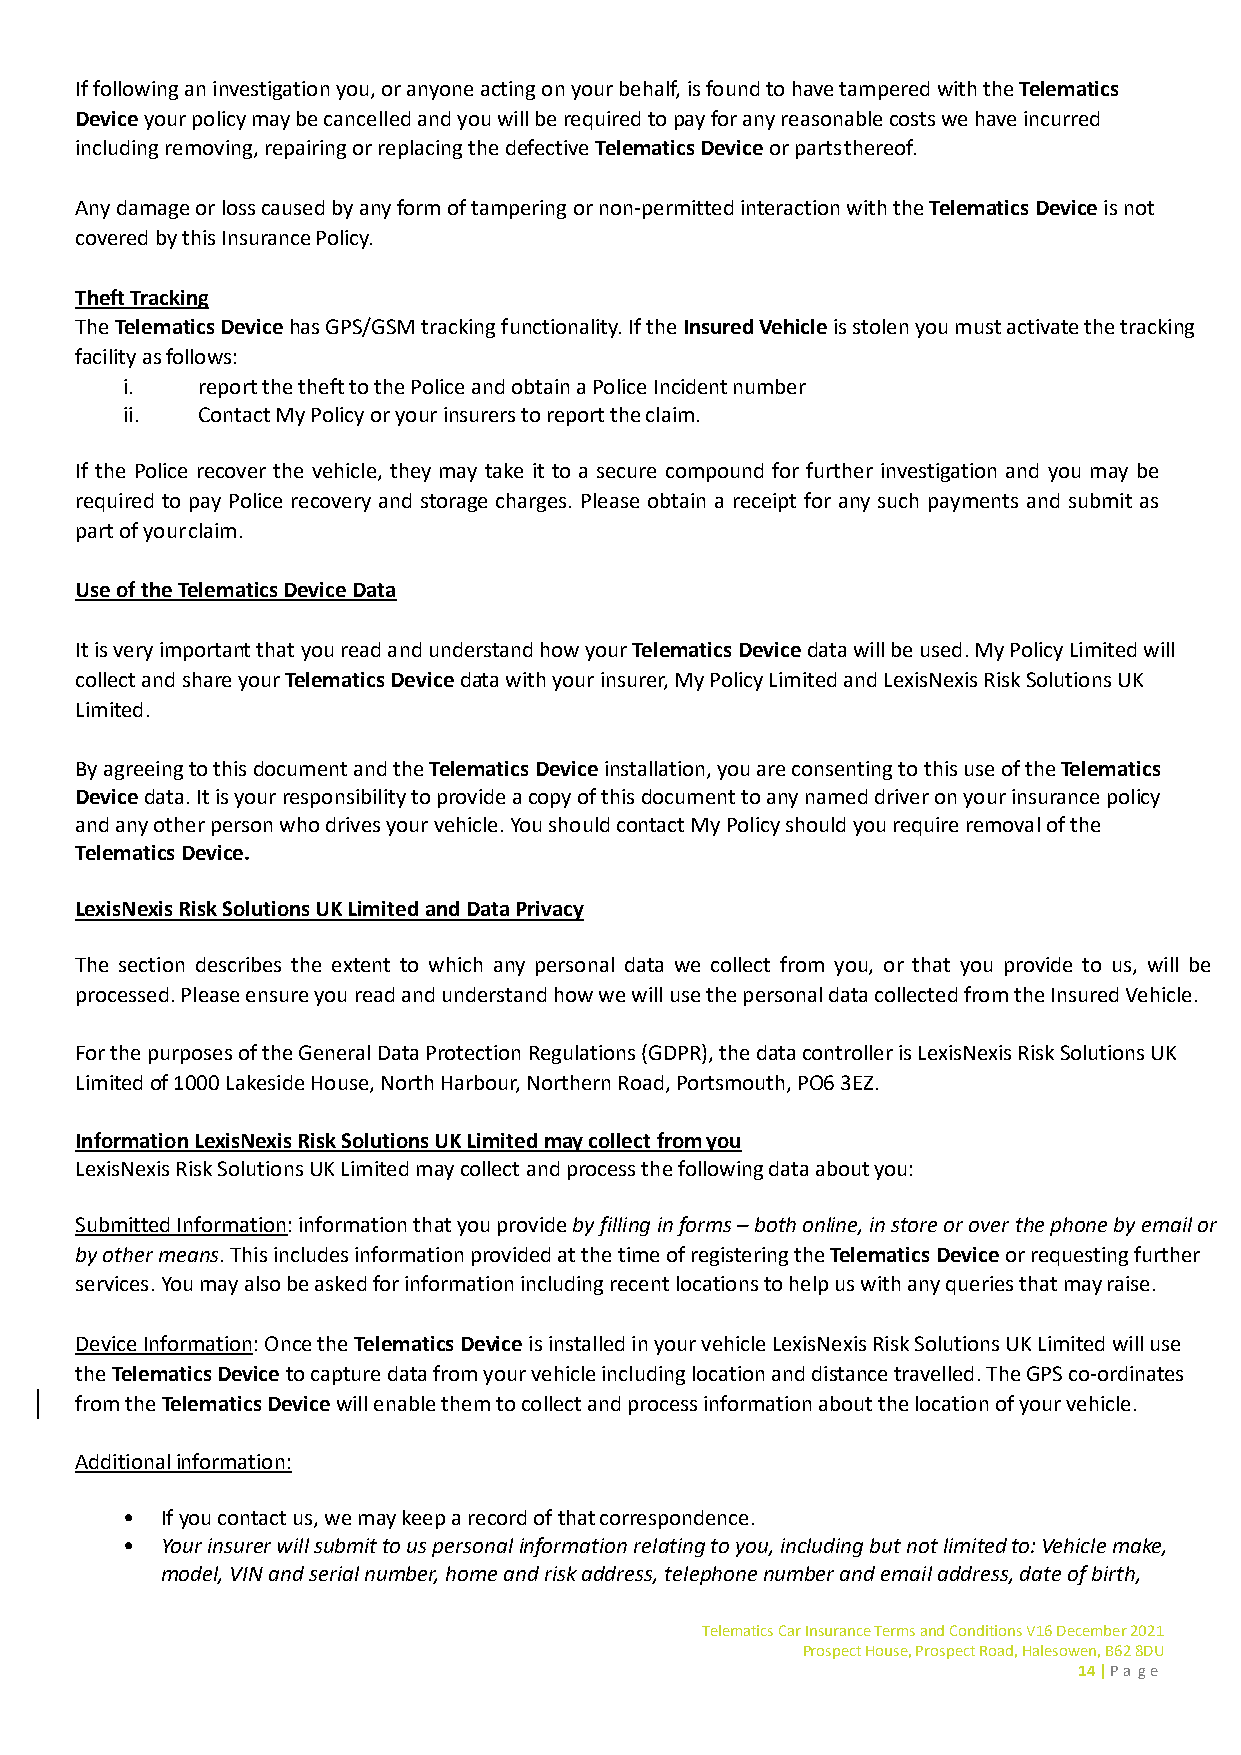
If following an investigation you, or anyone acting on your behalf, is found to have tampered with the Telematics
 Device your policy may be cancelled and you will be required to pay for any reasonable costs we have incurred
 including removing, repairing or replacing the defective Telematics Device or parts thereof.
 Any damage or loss caused by any form of tampering or non-permitted interaction with the Telematics Device is not
 covered by this Insurance Policy.
 Theft Tracking
 The Telematics Device has GPS/GSM tracking functionality. If the Insured Vehicle is stolen you must activate the tracking
 facility as follows:
 i.   report the theft to the Police and obtain a Police Incident number
 ii.  Contact My Policy or your insurers to report the claim.
 If the Police recover the vehicle, they may take it to a secure compound for further investigation and you may be
 required to pay Police recovery and storage charges. Please obtain a receipt for any such payments and submit as
 part of your claim.
 Use of the Telematics Device Data
 It is very important that you read and understand how your Telematics Device data will be used. My Policy Limited will
 collect and share your Telematics Device data with your insurer, My Policy Limited and LexisNexis Risk Solutions UK
 Limited.
 By agreeing to this document and the Telematics Device installation, you are consenting to this use of the Telematics
 Device data. It is your responsibility to provide a copy of this document to any named driver on your insurance policy
 and any other person who drives your vehicle. You should contact My Policy should you require removal of the
 Telematics Device.
 LexisNexis Risk Solutions UK Limited and Data Privacy
 The section describes the extent to which any personal data we collect from you, or that you provide to us, will be
 processed. Please ensure you read and understand how we will use the personal data collected from the Insured Vehicle.
 For the purposes of the General Data Protection Regulations (GDPR), the data controller is LexisNexis Risk Solutions UK
 Limited of 1000 Lakeside House, North Harbour, Northern Road, Portsmouth, PO6 3EZ.
 Information LexisNexis Risk Solutions UK Limited may collect from you
 LexisNexis Risk Solutions UK Limited may collect and process the following data about you:
 Submitted Information: information that you provide by filling in forms – both online, in store or over the phone by email or
 by other means. This includes information provided at the time of registering the Telematics Device or requesting further
 services. You may also be asked for information including recent locations to help us with any queries that may raise.
 Device Information: Once the Telematics Device is installed in your vehicle LexisNexis Risk Solutions UK Limited will use
 the Telematics Device to capture data from your vehicle including location and distance travelled. The GPS co-ordinates
 from the Telematics Device will enable them to collect and process information about the location of your vehicle.
 Additional information:
 •  If you contact us, we may keep a record of that correspondence.
 •  Your insurer will submit to us personal information relating to you, including but not limited to: Vehicle make,
 model, VIN and serial number, home and risk address, telephone number and email address, date of birth,
 Telematics Car Insurance Terms and Conditions V16 December 2021
 Prospect House, Prospect Road, Halesowen, B62 8DU
 14 | P a g e